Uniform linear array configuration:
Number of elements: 48
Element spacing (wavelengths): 1
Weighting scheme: cosine
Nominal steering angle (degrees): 45
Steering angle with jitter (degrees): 46.35
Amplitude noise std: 0.05
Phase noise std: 0.05

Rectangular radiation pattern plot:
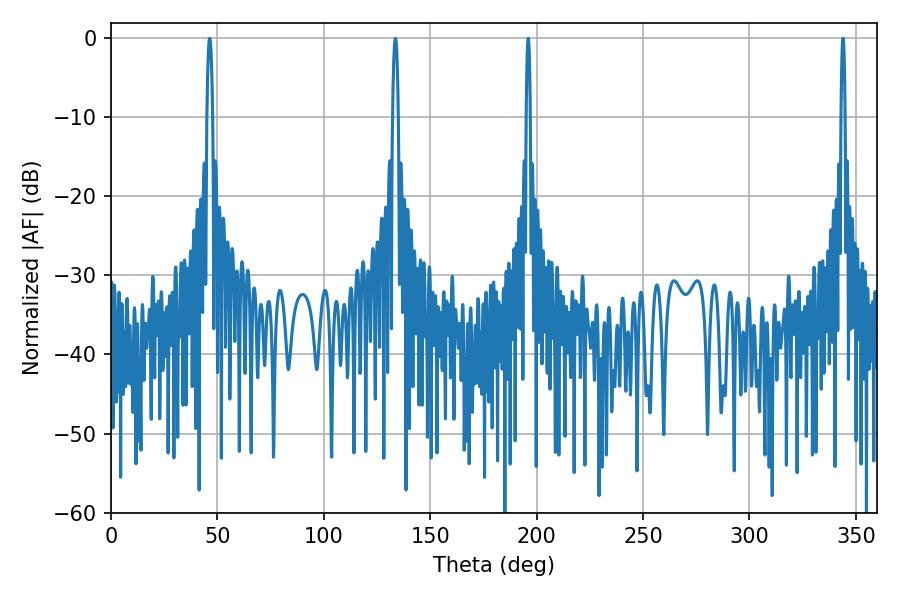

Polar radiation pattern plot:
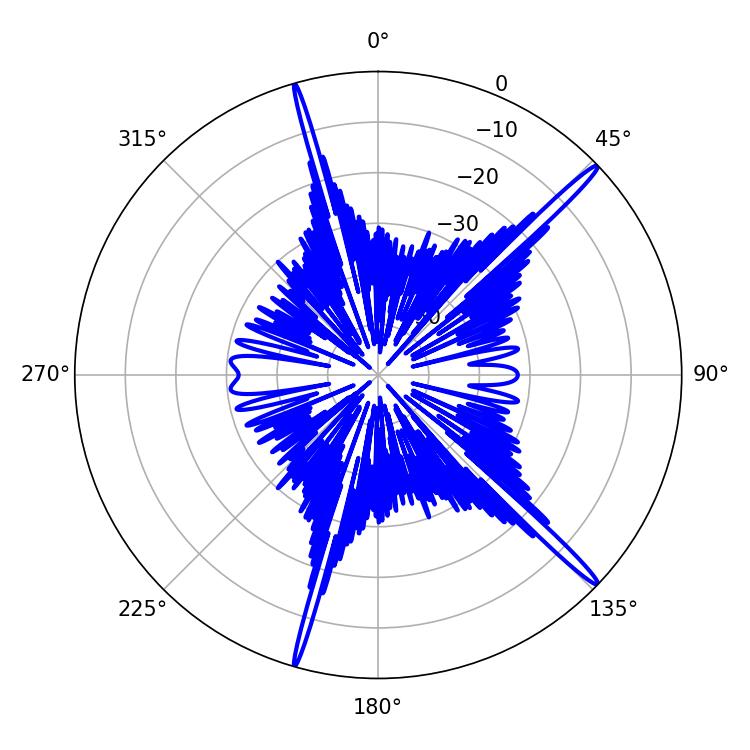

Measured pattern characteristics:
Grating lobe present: TRUE
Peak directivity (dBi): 17.98
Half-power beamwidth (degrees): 1.08
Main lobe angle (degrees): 196.02